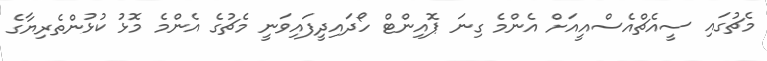
މެޗުގައި ސީއެޗްއެސްއީއަށް އެންމެ ގިނަ ޕޮއިންޓް ހޯދައިދީފައިވަނީ މެޗުގެ އެންމެ މޮޅު ކުޅުންތެރިޔާގެ